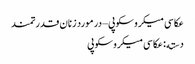
عکاسی میکروسکوپی – در مورد زنان قدرتمند
دسته: عکاسی میکروسکوپی